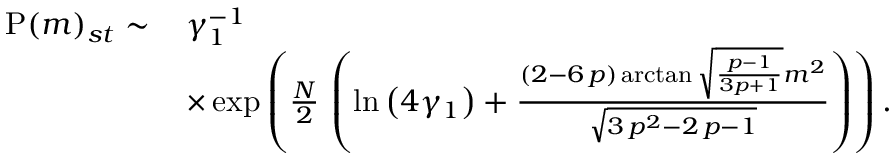
\begin{array} { r l } { \mathrm { P } ( m ) _ { s t } \sim \, } & { \gamma _ { 1 } ^ { - 1 } } \\ & { \times \exp \left( \frac { N } { 2 } \, \left( \ln \left( 4 \gamma _ { 1 } \right) + \frac { \left( 2 - 6 \, p \right) \arctan \sqrt { \frac { p - 1 } { 3 p + 1 } } m ^ { 2 } } { \sqrt { 3 \, p ^ { 2 } - 2 \, p - 1 } } \right) \right) . } \end{array}